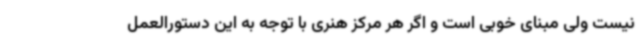
نیست ولی مبنای خوبی است و اگر هر مرکز هنری با توجه به این دستورالعمل